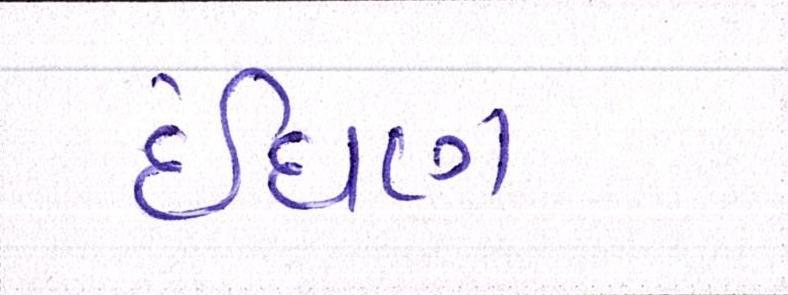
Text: ઈંધણ